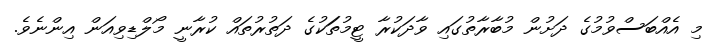
މި އެއްބަސްވުމުގެ ދަށުން މުބާރާތުގައި ވާދަކުރާ ޓީމުތަަކުގެ ދަތުރުތައް ކުރާނީ މޯލްޑިވިއަން އިންނެވެ.